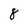
Character: 8